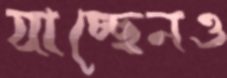
যাচ্ছেনও